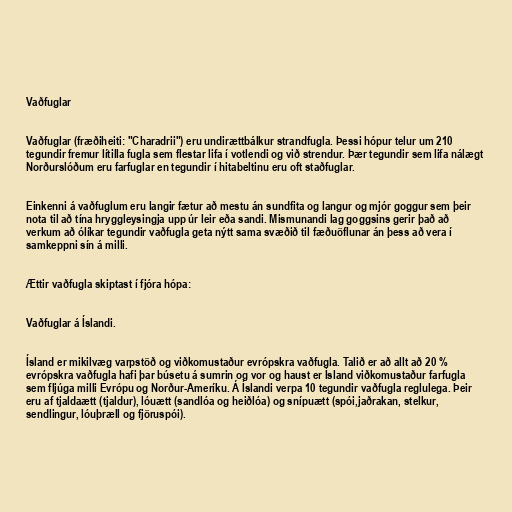
Vaðfuglar

Vaðfuglar (fræðiheiti: "Charadrii") eru undirættbálkur strandfugla. Þessi hópur telur um 210
tegundir fremur lítilla fugla sem flestar lifa í votlendi og við strendur. Þær tegundir sem lifa nálægt
Norðurslóðum eru farfuglar en tegundir í hitabeltinu eru oft staðfuglar.

Einkenni á vaðfuglum eru langir fætur að mestu án sundfita og langur og mjór goggur sem þeir
nota til að tína hryggleysingja upp úr leir eða sandi. Mismunandi lag goggsins gerir það að
verkum að ólíkar tegundir vaðfugla geta nýtt sama svæðið til fæðuöflunar án þess að vera í
samkeppni sín á milli.

Ættir vaðfugla skiptast í fjóra hópa:

Vaðfuglar á Íslandi.

Ísland er mikilvæg varpstöð og viðkomustaður evrópskra vaðfugla. Talið er að allt að 20 %
evrópskra vaðfugla hafi þar búsetu á sumrin og vor og haust er Ísland viðkomustaður farfugla
sem fljúga milli Evrópu og Norður-Ameríku. Á Íslandi verpa 10 tegundir vaðfugla reglulega. Þeir
eru af tjaldaætt (tjaldur), lóuætt (sandlóa og heiðlóa) og snípuætt (spói,jaðrakan, stelkur,
sendlingur, lóuþræll og fjöruspói).